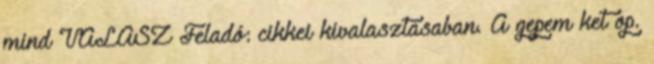
mind VÁLASZ Feladó: cikkei kivalasztasaban. A gepem ket op.